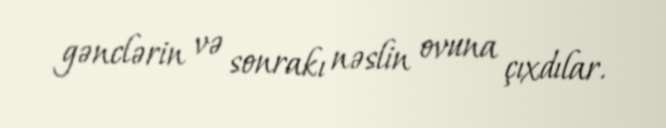
gənclərin və sonrakı nəslin ovuna çıxdılar.